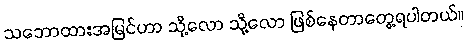
သဘောထားအမြင်ဟာ သို့လော သို့လော ဖြစ်နေတာတွေ့ရပါတယ်။